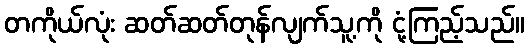
တကိုယ်လုံး ဆတ်ဆတ်တုန်လျက်သူ့ကို ငုံ့ကြည့်သည်။